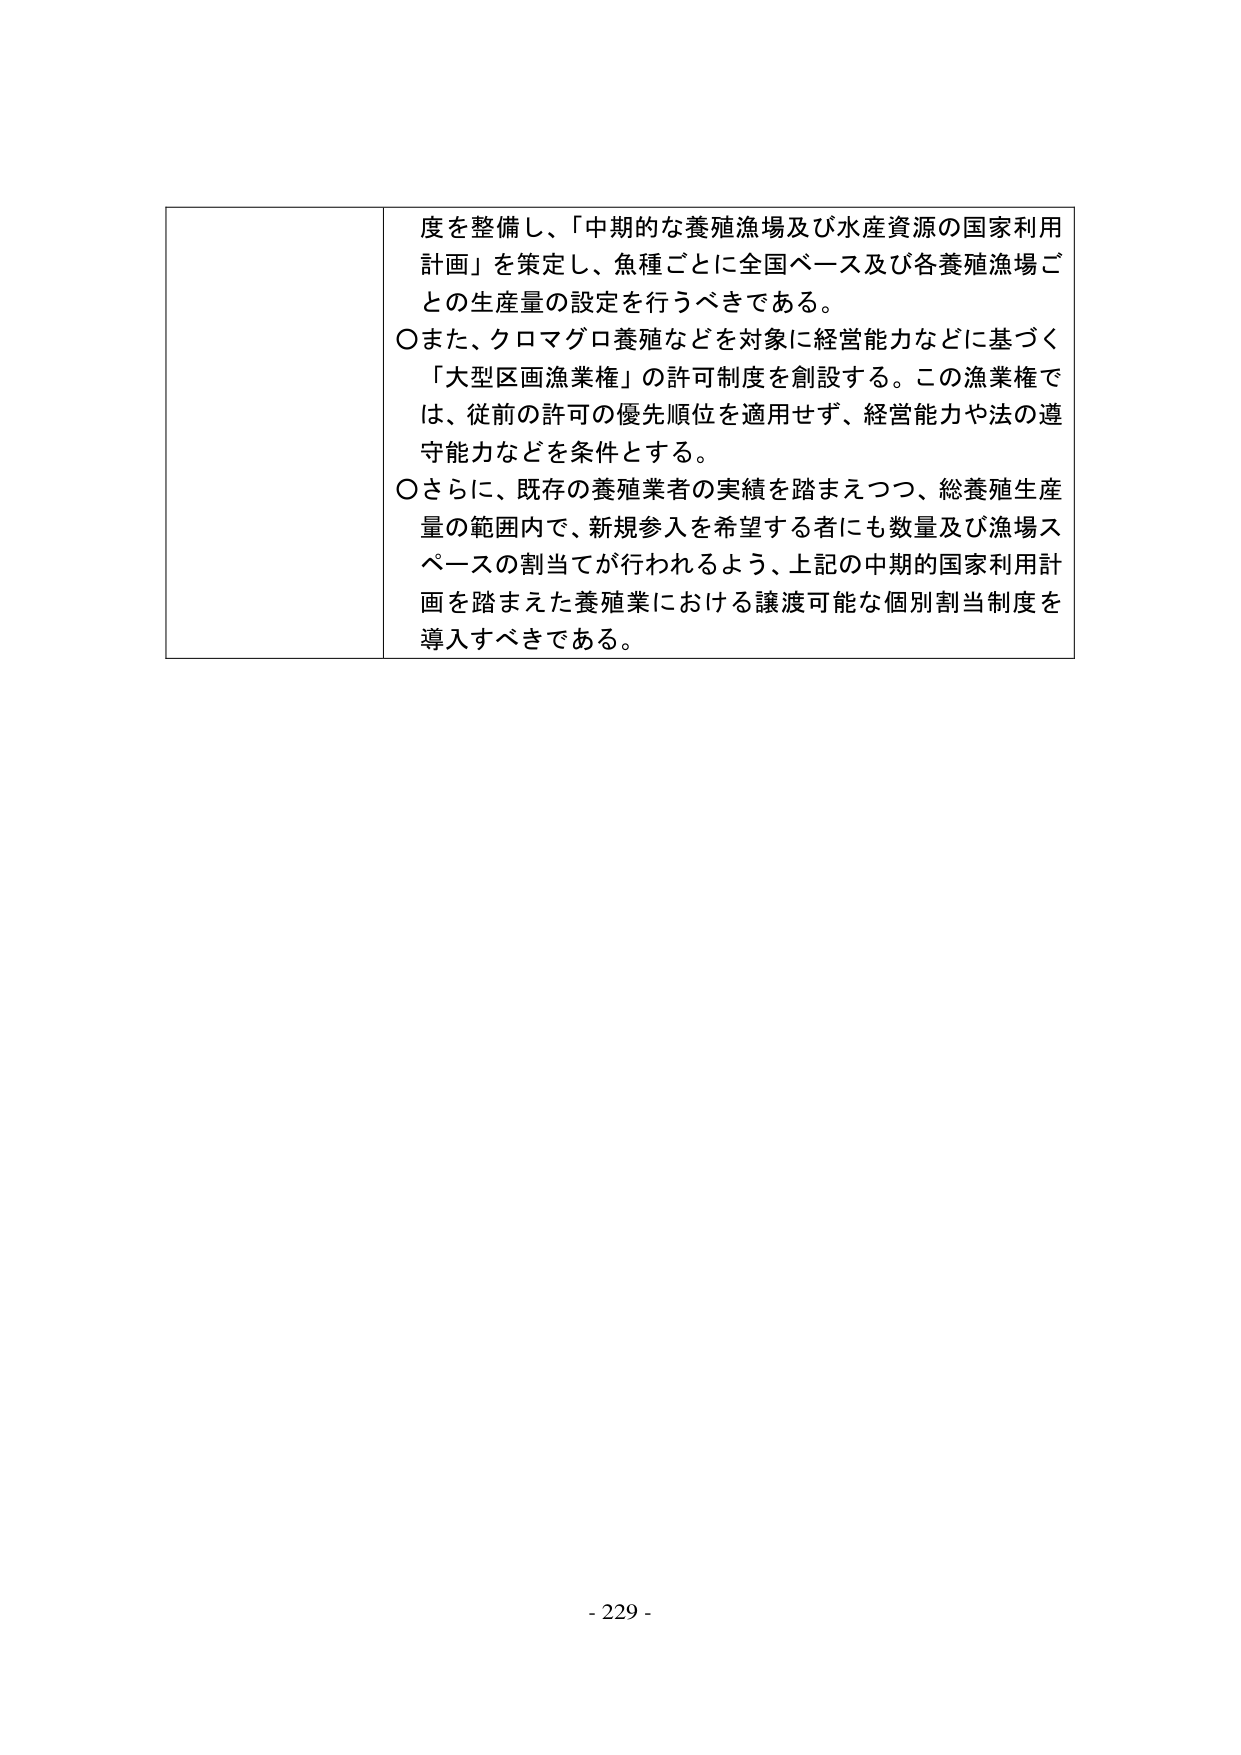
度を整備し、「中期的な養殖漁場及び水産資源の国家利用計画」を策定し、魚種ごとに全国ベース及び各養殖漁場ごとの生産量の設定を行うべきである。

〇また、クロマグロ養殖などを対象に経営能力などに基づく「大型区画漁業権」の許可制度を創設する。この漁業権では、従前の許可の優先順位を適用せず、経営能力や法の遵守能力などを条件とする。

〇さらに、既存の養殖業者の実績を踏まえつつ、総養殖生産量の範囲内で、新規参入を希望する者にも数量及び漁場スペースの割当てが行われるよう、上記の中期的国家利用計画を踏まえた養殖業における譲渡可能な個別割当制度を導入すべきである。

- 229 -